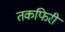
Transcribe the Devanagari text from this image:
तकफिरी